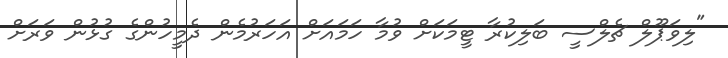
"ލިވަޕޫލް ޗެލްސީ ބަލިކުރާ ޓީމަކަށް ވުމާ ހަމައަށް އަހަރުމެން ދެމީހުންގެ ގުޅުން ވަރަށް